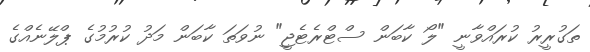
ތަގުރީރު ކުރައްވާނީ "ލޯ ކާބަން ސްޓްރެޓެޖީ" ނުވަތަ ކާބަން މަދު ކުރުމުގެ ޕްލޭނެއްގެ